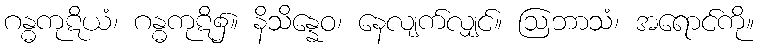
ဂန္ဓကုဋိယံ၊ ဂန္ဓကုဋိ၌။ နိသိန္နေဝ၊ နေလျက်လျှင်။ ဩဘာသံ၊ အရောင်ကို။